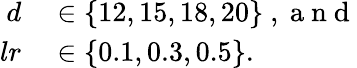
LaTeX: \begin{array}{rl}{d}&{{}\in\{ 12,15,18,20\} \mathrm{~,~a~n~d~}}\\ {lr}&{{}\in\{ 0.1,0.3,0.5\} .}\end{array}